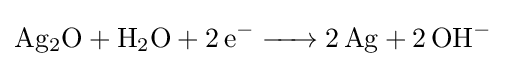
{\ce {Ag2O + H2O + 2e- -> 2Ag + 2OH-}}